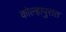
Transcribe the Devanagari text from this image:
कोल्हापुरांत